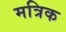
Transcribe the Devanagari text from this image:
मत्रिक